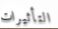
التأثيرات